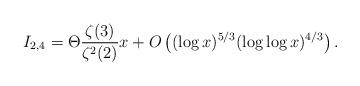
LaTeX: \begin{align*} I_{2,4}={\Theta}\frac{\zeta(3)}{\zeta^{2}(2)}x + O\left((\log x)^{5/3}(\log\log x)^{4/3}\right). \end{align*}